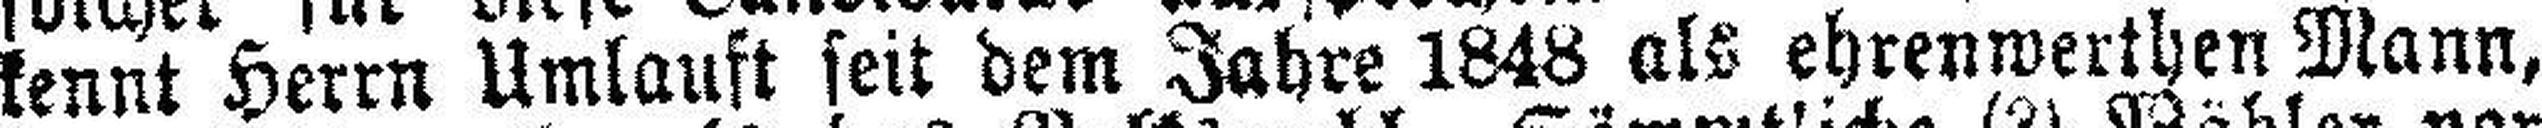
kennt Herrn Umlauft seit dem Jahre 1848 als ehrenwerthen Mann,